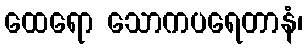
ထေရော သောကပရေတာနံ၊